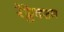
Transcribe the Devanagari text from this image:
रेफ्लेक्शन